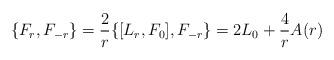
LaTeX: \begin{align*}\{ F_{r}, F_{-r} \} = \frac{2}{r} \{ [ L_{r}, F_{0} ], F_{-r}\} = 2 L_{0} + \frac{4}{r} A(r)\end{align*}